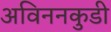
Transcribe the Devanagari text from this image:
अविननकुडी